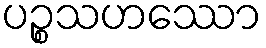
ပဉ္စသဟဿော